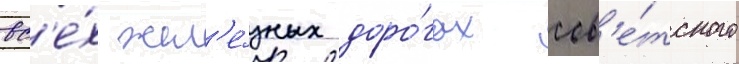
вс'е́х жел'е́зных доро́гах сов'е́тского